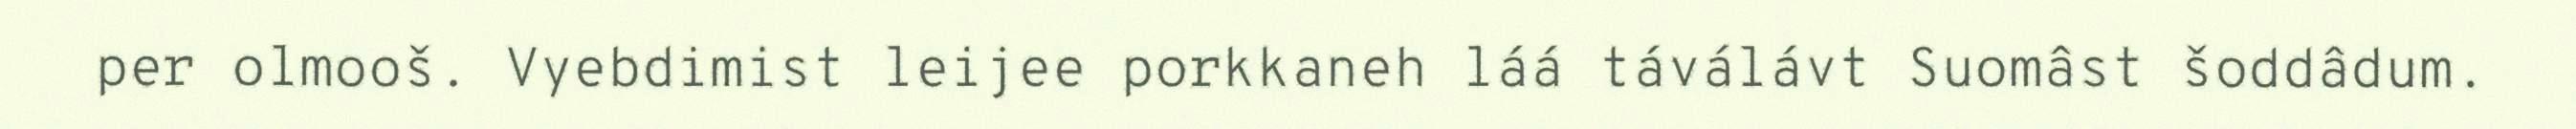
per olmooš. Vyebdimist leijee porkkaneh láá táválávt Suomâst šoddâdum.